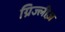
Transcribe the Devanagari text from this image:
ग्रिज्लीज़